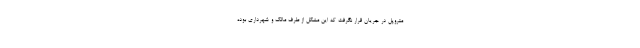
متروپل در جریان قرار نگرفت که این مشکل از طرف مالک و شهرداری بوده